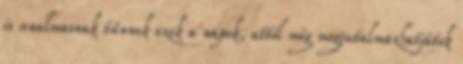
is unalmasnak tűnnek ezek a napok, attól még megjutalmazhatjátok